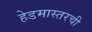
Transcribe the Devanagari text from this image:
हेडमास्तरची